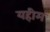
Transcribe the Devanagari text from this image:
यहीम